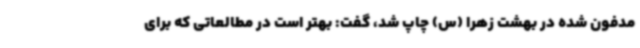
مدفون شده در بهشت زهرا (س) چاپ شد، گفت: بهتر است در مطالعاتی که برای